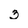
Character: 3